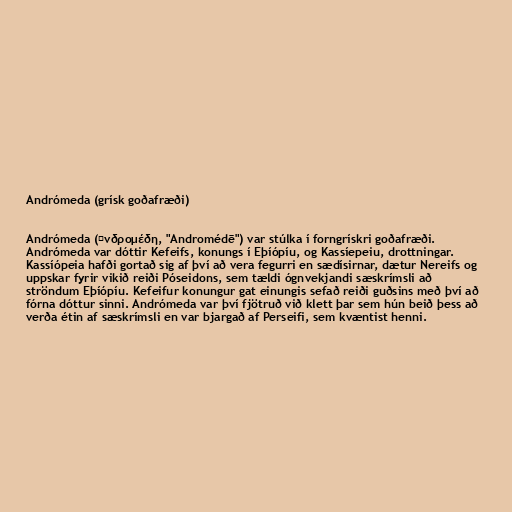
Andrómeda (grísk goðafræði)

Andrómeda (Ἀνδρομέδη, "Andromédē") var stúlka í forngrískri goðafræði.
Andrómeda var dóttir Kefeifs, konungs í Eþíópíu, og Kassíepeiu, drottningar.
Kassíópeia hafði gortað sig af því að vera fegurri en sædísirnar, dætur Nereifs og
uppskar fyrir vikið reiði Póseidons, sem tældi ógnvekjandi sæskrímsli að
ströndum Eþíópíu. Kefeifur konungur gat einungis sefað reiði guðsins með því að
fórna dóttur sinni. Andrómeda var því fjötruð við klett þar sem hún beið þess að
verða étin af sæskrímsli en var bjargað af Perseifi, sem kvæntist henni.